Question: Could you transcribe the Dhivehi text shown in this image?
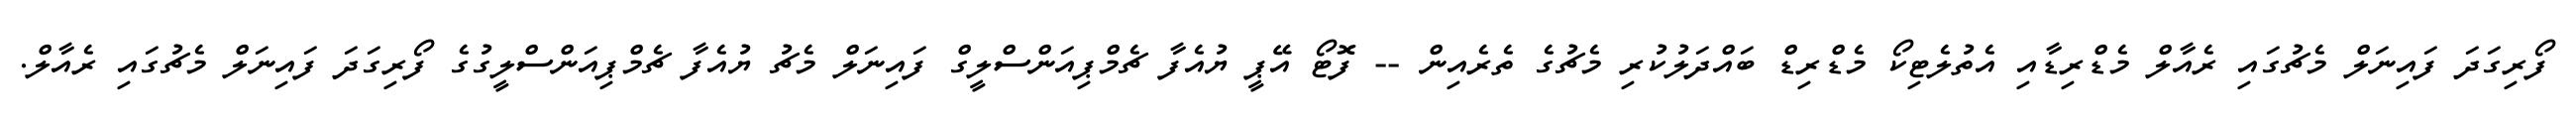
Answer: ފޯރިގަދަ ފައިނަލް މެޗުގައި ރެއާލް މެޑްރިޑާއި އެތުލެޓިކޯ މެޑްރިޑް ބައްދަލުކުރި މެޗުގެ ތެރެއިން -- ފޮޓޯ އޭޕީ ޔުއެފާ ޗެމްޕިއަންސްލީގް ފައިނަލް މެޗު ޔުއެފާ ޗެމްޕިއަންސްލީގުގެ ފޯރިގަދަ ފައިނަލް މެޗުގައި ރެއާލް.